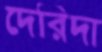
দেরিদা